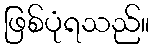
ဖြစ်ပုံရသည်။